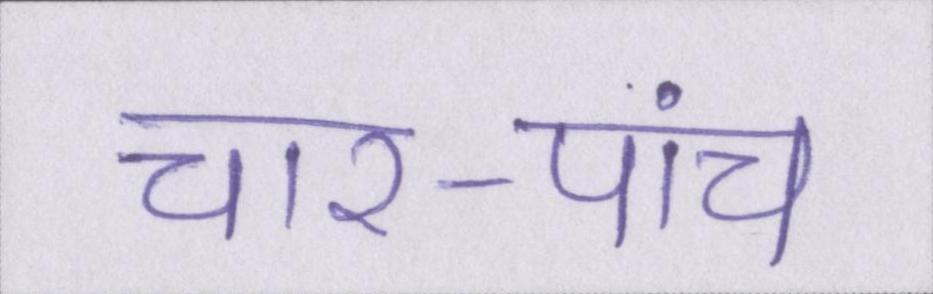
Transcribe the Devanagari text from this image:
चार-पांच